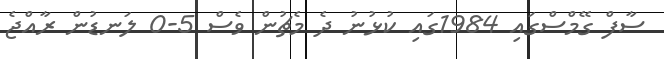
ސާފް ގޭމްސްގައި 1984ގައި ކުޅުނު ދެ މެޗުން ވެސް 5-0 ލަނޑުން ރާއްޖެ